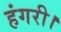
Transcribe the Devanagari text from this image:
हंगरी।